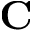
\mathbf { C }